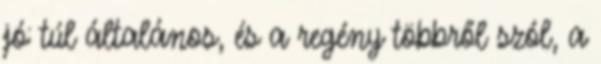
jó: túl általános, és a regény többről szól, a